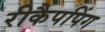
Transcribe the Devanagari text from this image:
रीकैपपिंग